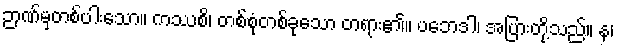
ဉာဏ်မှတစ်ပါးသော။ ကဿစိ၊ တစ်စုံတစ်ခုသော တရား၏။ ပဘေဒါ၊ အပြားတို့သည်။ န၊